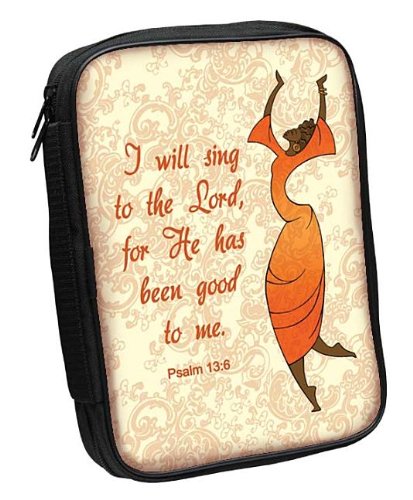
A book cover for I Will Sing to the Lord Canvas Large Black Bible Cover; Christian Books & Bibles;